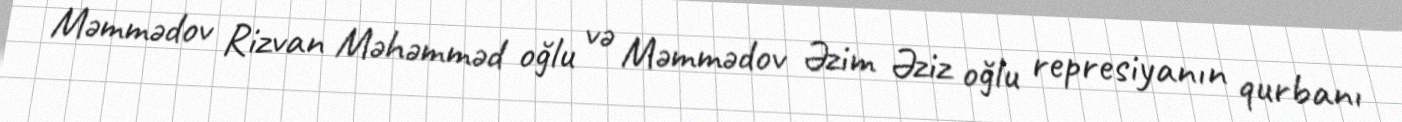
Məmmədov Rizvan Məhəmməd oğlu və Məmmədov Əzim Əziz oğlu represiyanın qurbanı